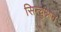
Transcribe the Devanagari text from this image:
सिन्चुआन